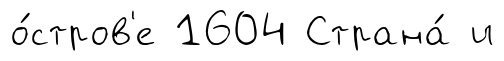
о́стров'е 1604 Страна́ и